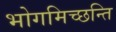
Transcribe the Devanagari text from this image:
भोगमिच्छन्ति